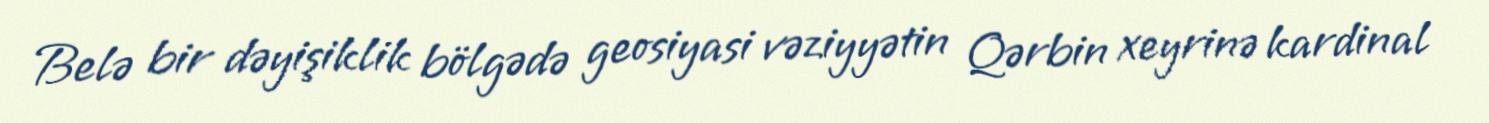
Belə bir dəyişiklik bölgədə geosiyasi vəziyyətin Qərbin xeyrinə kardinal